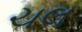
ચલ